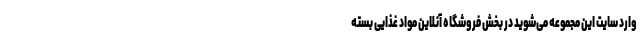
وارد سایت این مجموعه می‌شوید در بخش فروشگاه آنلاین مواد غذایی بسته